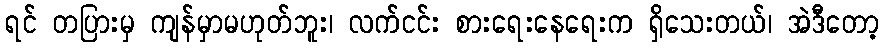
ရင် တပြားမှ ကျန်မှာမဟုတ်ဘူး၊ လက်ငင်း စားရေးနေရေးက ရှိသေးတယ်၊ အဲဒီတော့